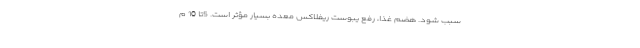
سبب شود. هضم غذا، رفع یبوست ریفلاکس معده بسیار مؤثر است. 5تا 10 م